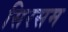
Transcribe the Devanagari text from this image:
सिरसम